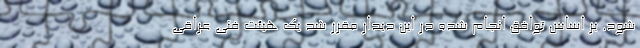
شود. بر اساس توافق انجام شده در این دیدار مقرر شد یک هیئت فنی عراقی